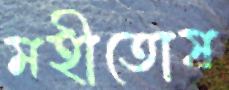
মহীতোষ